Annual report on the working of the lock hospitals in the North-Western Provinces and Oudh
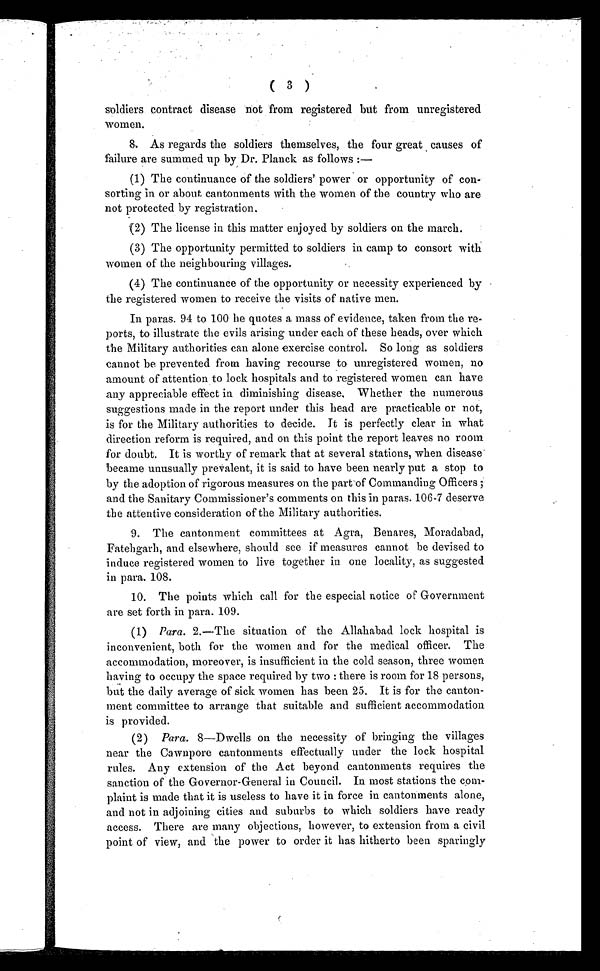
( 3 )
soldiers contract disease not from registered but from unregistered
women.
8. As regards the soldiers themselves, the four great causes of
failure are summed up by Dr. Planck as follows :
—
(1) The continuance of the soldiers' power or opportunity of con
-sorting in or about cantonments with the women of the country who are
not protected by registration.
(2) The license in this matter enjoyed by soldiers on the march.
(3) The opportunity permitted to soldiers in camp to consort with
women of the neighbouring villages.
(4) The continuance of the opportunity or necessity experienced by
the registered women to receive the visits of native men.
In paras. 94 to 100 he quotes a mass of evidence, taken from the re-
ports, to illustrate the evils arising under each of these heads, over which
the Military authorities can alone exercise control. So long as soldiers
cannot be prevented from having recourse to unregistered women, no
amount of attention to lock hospitals and to registered women can have
any appreciable effect in diminishing disease, Whether the numerous
suggestions made in the report under this head are practicable or not,
is for the Military authorities to decide. It is perfectly clear in what
direction reform is required, and on this point the report leaves no room
for doubt. It is worthy of remark that at several stations, when disease
became unusually prevalent, it is said to have been nearly put a stop to
by the adoption of rigorous measures on the part-of Commanding Officers ;
and the Sanitary Commissioner's comments on this in paras. 106–7 deserve
the attentive consideration of the Military authorities.
9. The cantonment committees at Agra, Benares, Moradabad,
Fatehgarh, and elsewhere, should see if measures cannot be devised to
induce registered women to live together in one locality, as suggested
in para. 108.
10. The points which call for the especial notice of Government
are set forth in para. 109.
(1)
Para. 2.—The situation of the Allahabad lock hospital is
inconvenient, both for the women and for the medical officer. The
accommodation, moreover, is insufficient in the cold season, three women
having to occupy the space required by two : there is room for 18 persons,
but the daily average of sick women has been 25. It is for the canton-
ment committee to arrange that suitable and sufficient accommodation
is provided.
(2)
Para. 8—Dwells on the necessity of bringing the villages
near the Cawnpore cantonments effectually under the lock hospital
rules. Any extension of the Act beyond cantonments requires the
sanction of the Governor-General in Council. In most stations the com-
plaint is made that it is useless to have it in force in cantonments alone,
and not in adjoining cities and suburbs to which soldiers have ready
access. There are many objections, however, to extension from a civil
point of view, and the power to order it has hitherto been sparingly